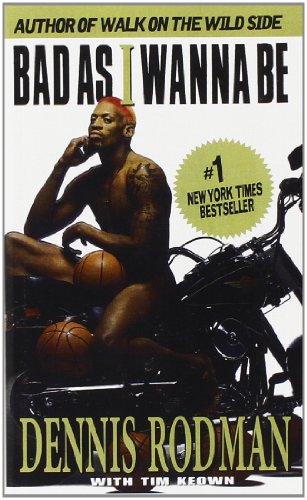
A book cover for Bad as I Wanna Be; Dennis Rodman; Sports & Outdoors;